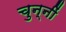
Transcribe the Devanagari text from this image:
चुन्नीं